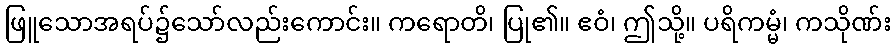
ဖြူသောအရပ်၌သော်လည်းကောင်း။ ကရောတိ၊ ပြု၏။ ဧဝံ၊ ဤသို့။ ပရိကမ္မံ၊ ကသိုဏ်း